Indian journal of veterinary science and animal husbandry - Volumes 22-23, 1952-1953
Year: 1952
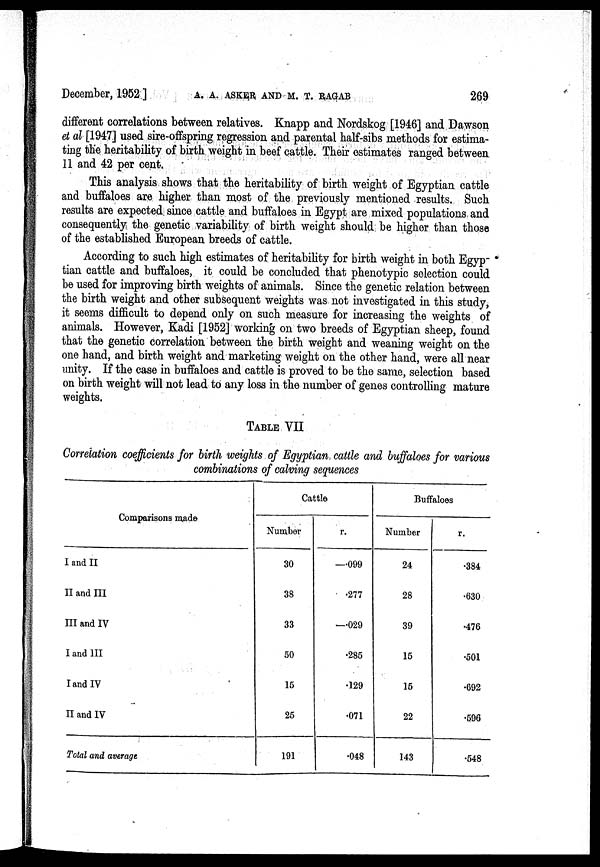
December, 1952]
A.
A.
ASKER
AND
M.
T.
RAGAB
269
different correlations between relatives. Knapp and Nordskog [1946] and Dawson
et al [1947] used sire-offspring regression and parental half-sibs methods for estima-
ting the heritability of birth weight in beef cattle. Their estimates ranged between
11 and 42 per cent.
This analysis shows that the heritability of birth weight of Egyptian cattle
and buffaloes are higher than most of the previously mentioned results. Such
results are expected since cattle and buffaloes in Egypt are mixed populations and
consequently the genetic variability of birth weight should be higher than those
of the established European breeds of cattle.
According to such high estimates of heritability for birth weight in both Egyp-
tian cattle and buffaloes, it could be concluded that phenotypic selection could
be used for improving birth weights of animals. Since the genetic relation between
the birth weight and other subsequent weights was not investigated in this study,
it seems difficult to depend only on such measure for increasing the weights of
animals. However, Kadi [1952] working on two breeds of Egyptian sheep, found
that the genetic correlation between the birth weight and weaning weight on the
one hand, and birth weight and marketing weight on the other hand, were all near
unity. If the case in buffaloes and cattle is proved to be the same, selection based
on birth weight will not lead to any loss in the number of genes controlling mature
weights.
TABLE VII
Correlation coefficients for birth weights of Egyptian, cattle and buffaloes for various
combinations of calving sequences
Comparisons made
I and II
II and III
III and IV
I and III
I and IV
II and IV
Total and average
Cattle
Number
30
38
33
50
15
25
191
r.
—.099
.277
—.029
.285
.129
.071
.048
Buffaloes
Number
24
28
39
15
15
22
143
r.
.384
.630
.476
.501
.692
.596
.548